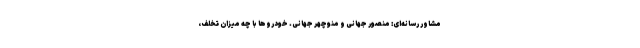
مشاور رسانه‌ای: منصور جهانی و منوچهر جهانی. خودرو‌ها با چه میزان تخلف،